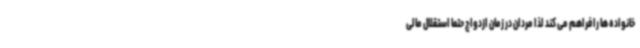
خانواده ها را فراهم می کند لذا مردان در زمان ازدواج حتما استقلال مالی